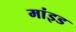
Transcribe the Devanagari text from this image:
मांइड